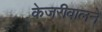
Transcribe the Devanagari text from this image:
केजरीवालने